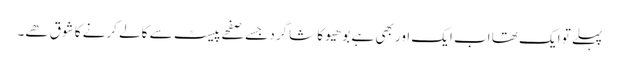
پہلے تو ایک تھا اب ایک اور بھی ہے بوھیو کا شاگرد جسے صفحے پیسٹ سے کالے کرنے کا شوق ھے۔